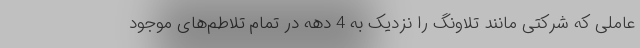
عاملی که شرکتی مانند تلاونگ را نزدیک به 4 دهه در تمام تلاطم‌های موجود